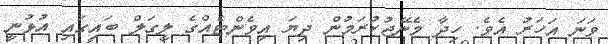
ވަނަ އަހަރު އެވެ. ހިދާ މެނޭޖުކުރަމުން ދިޔަ އިވެންޓެއްގެ ލީގަލް ބައިގައި އުޅުނީ